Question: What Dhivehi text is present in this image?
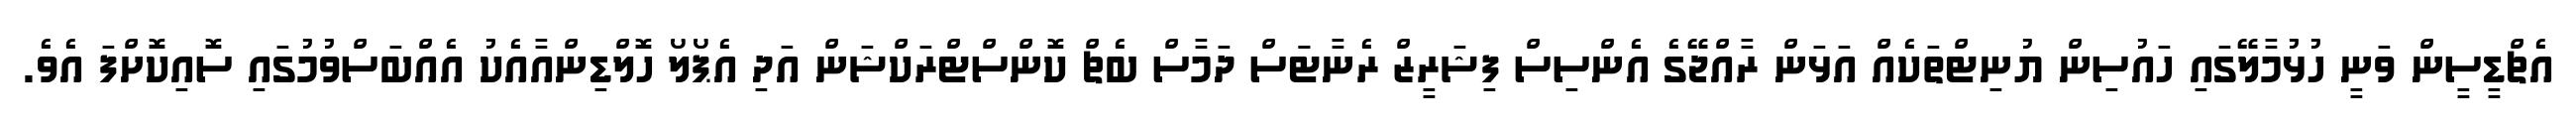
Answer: އެޗްޑީސީން ވަނީ ހުޅުމާލޭގައި ހައުސިން ޔުނިޓްތަކެއް އަޅަން ރާއްޖޭގެ އެންސިސް ފިޝަރީޒް ރެނާޓަަސް ދަމާސް ބެޗް ކޮންސްޓްރަކްޝަން އަދި އެޕޯލޯ ހޮލްޑިންއާއެކު އެއްބަސްވުމުގައި ސޮއިކޮށްފަ އެވެ.